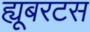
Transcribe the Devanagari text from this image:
ह्यूबरटस